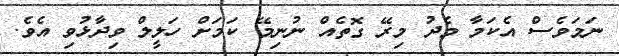
ނަމަވެސް އެކަމާ މެދު މިރޭ ގޮތެއް ނުނިމޭ ކަމަށް ހަލީލް ވިދާޅުވި އެވެ.